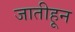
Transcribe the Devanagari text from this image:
जातीहून